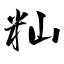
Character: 籼